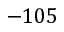
- 1 0 5